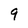
Character: 9